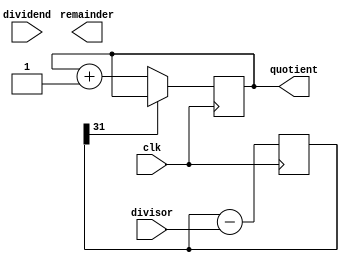
module divider(
    input  wire        clk,
    input  wire [31:0] dividend,
    input  wire [31:0] divisor,
    output reg  [31:0] quotient,
    output reg  [31:0] remainder
);

reg  [31:0] dividend_reg;
reg  [31:0] remainder_reg;

always @(posedge clk) begin
    dividend_reg <= dividend_reg - divisor;
    if(dividend_reg[31] == 0) begin
        quotient <= quotient + 1;
    end else begin
        remainder_reg <= dividend_reg + divisor;
    end
end

endmodule